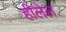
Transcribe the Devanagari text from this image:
हीलेल